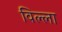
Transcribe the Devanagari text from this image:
विल्‍ला